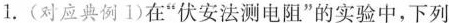
1.（对应典例1）在“伏安法侧电阻”的实验中，下列